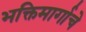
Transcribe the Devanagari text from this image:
भक्तिमार्गाचे